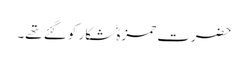
حضرت حمزہؓ شکار کو گئے تھے۔